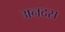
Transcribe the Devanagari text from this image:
अनदस